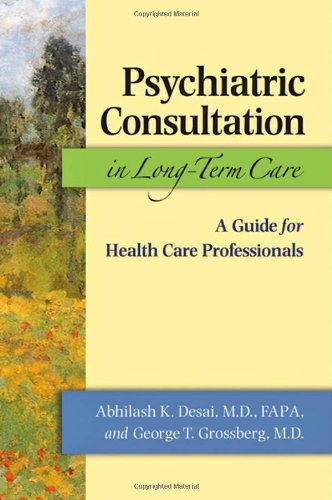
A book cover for Psychiatric Consultation in Long-Term Care: A Guide for Health Care Professionals; Abhilash K. Desai; Medical Books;